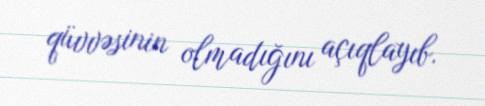
qüvvəsinin olmadığını açıqlayıb.